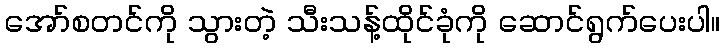
အော်စတင်ကို သွားတဲ့ သီးသန့်ထိုင်ခုံကို ဆောင်ရွက်ပေးပါ။